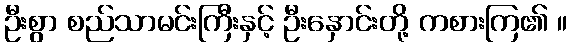
ဦးစွာ စည်သာမင်းကြီးနှင့် ဦးနှောင်းတို့ ကစားကြ၏ ။